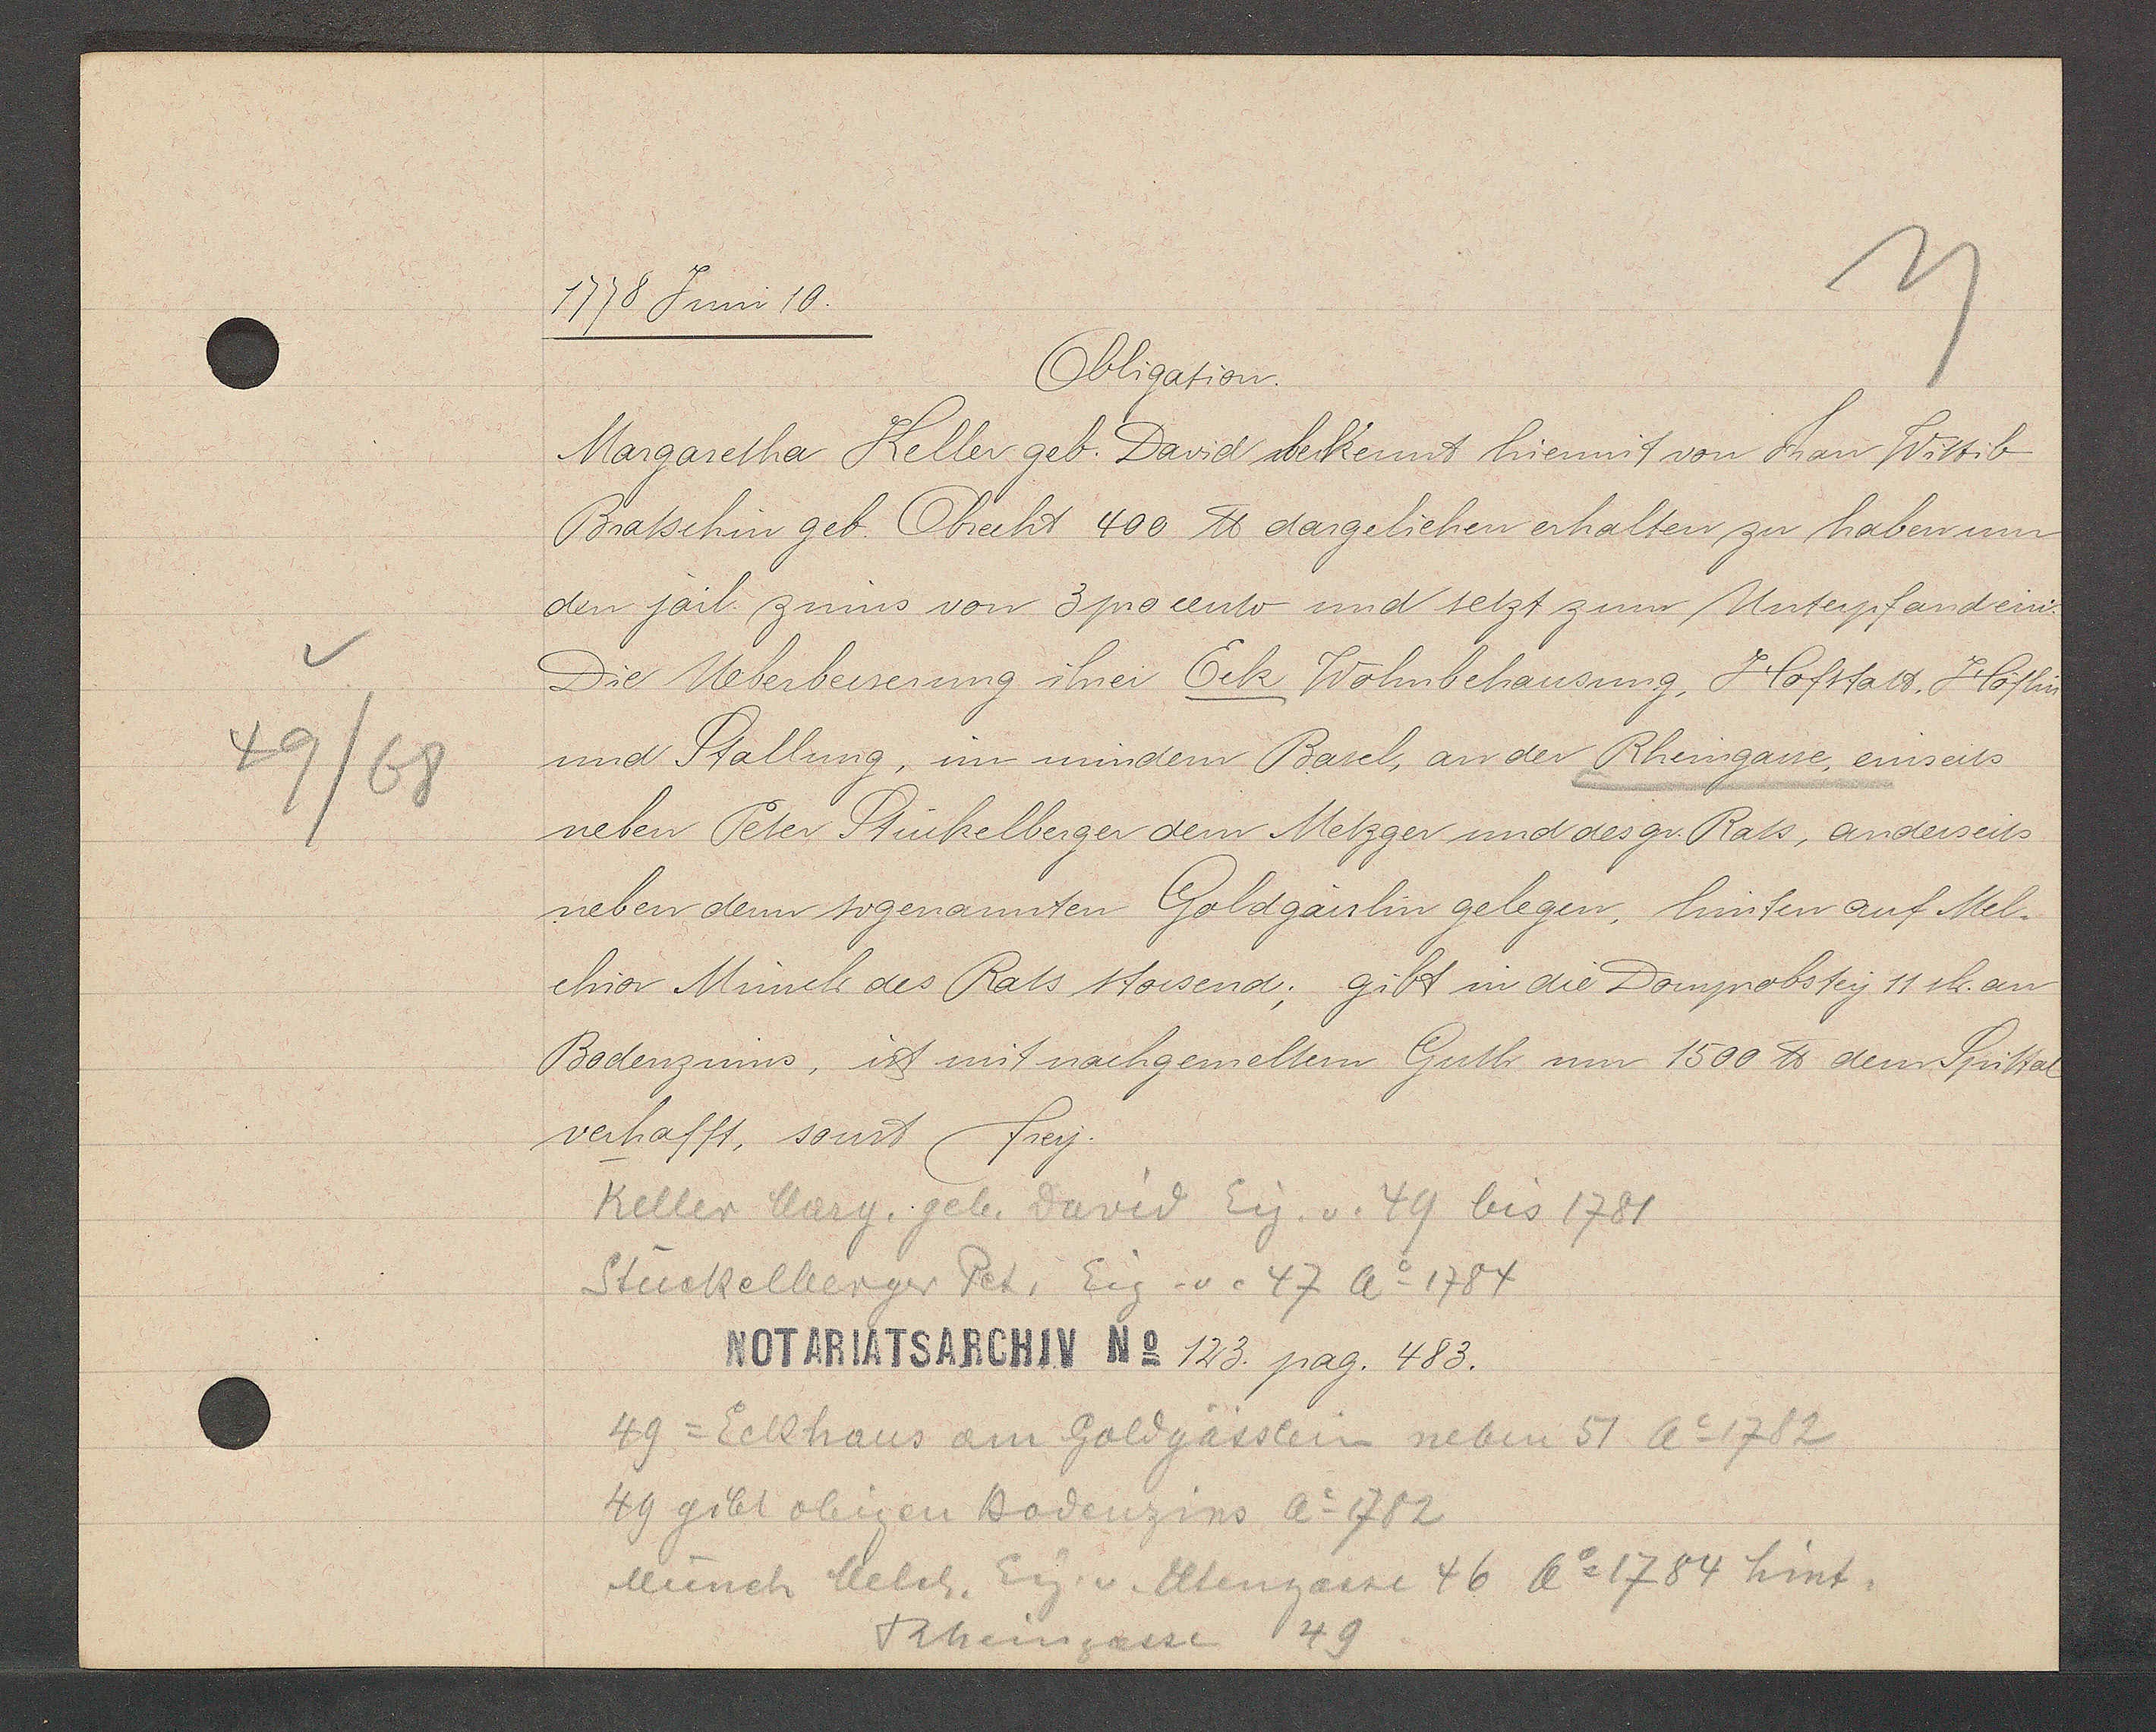
Transcript:
49/68

1778 Juni 10.

Obligation.
Margaretha Keller geb. David bekennt hiermit von Frau Wittib
Bratschin geb. Obreiht 400 ℔ dargeliehen erhalten zu haben um
den jail. zinns von 3 procento und setzt zum Unterpfand ein.
Die Uberbesserung ihrer Eck Wohnbehausung, Hofstatt, Höflin
und Stallung, im mindern Basel, an der Rheingasse, einseits
neben Peter Stückelberger dem Metzger und des gr. Rats, anderseits
neben dem sogenannten Goldgässlin gelegen, hinten auf Mel¬
chior Münch des Rats stossend; gibt in die Domprobstey 11 sh. an
Bodenzinns, ist mit nachgemeltem Guth um 1500 ℔ dem Spittal
verhafft, sonst frey.

Keller Marg. geb. David Eig. v. 49 bis 1781
Stückelberger Pet. Eig v. 47 Ao 1784

Notariatsarchiv No 123. pag. 483.

49 = Eckhaus am Goldgässlein neben 51 Ao 1782
49 gibt obigen Bodenzins Ao 1782
Münch Melch. Eig v. Utengasse 46 Ao 1784 hint.
Rheingasse 49